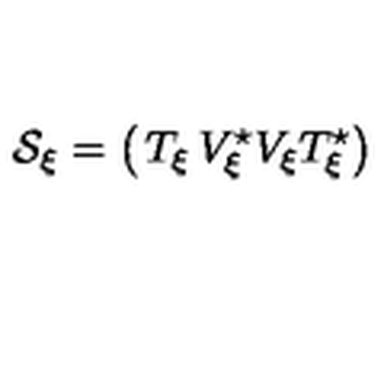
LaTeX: { \cal S } _ { \xi } = \left( \begin{matrix} { T _ { \xi } } & { V _ { \xi } ^ { \star } } \\ { V _ { \xi } } & { T _ { \xi } ^ { \star } } \\ \end{matrix} \right)